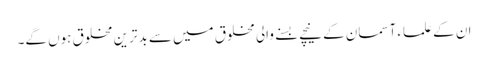
ان کے علماء آسمان کے نیچے بسنے والی مخلوق میں سے بدترین مخلوق ہوں گے۔